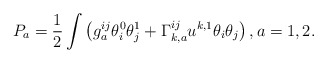
\begin{align*}P_a = \frac12 \int \left( g^{ij}_a \theta^0_i \theta^1_j + \Gamma_{k,a}^{ij} u^{k,1} \theta_i \theta_j \right), a=1,2 .\end{align*}